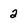
Character: 2